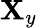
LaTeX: \mathbf{X}_{y}